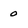
Character: 0